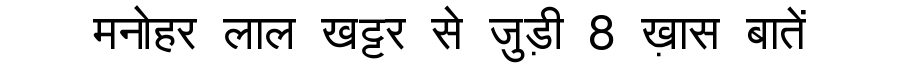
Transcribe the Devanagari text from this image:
मनोहर लाल खट्टर से जुड़ी 8 ख़ास बातें